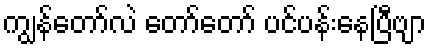
ကျွန်တော်လဲ တော်တော် ပင်ပန်းနေပြီဗျာ